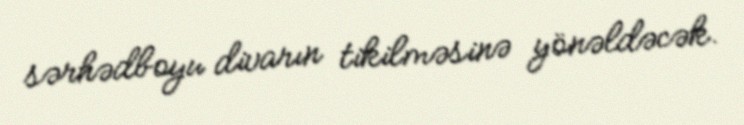
sərhədboyu divarın tikilməsinə yönəldəcək.